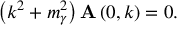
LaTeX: \left( k ^ { 2 } + m _ { \gamma } ^ { 2 } \right) { \bf A } \left( 0 , k \right) = 0 .